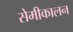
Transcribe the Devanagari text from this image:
सेमीकालन